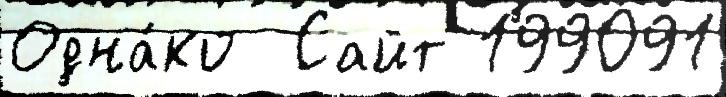
Одна́ко  Сайт 199091